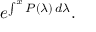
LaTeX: e ^ { \int ^ { x } P ( \lambda ) \, d \lambda } .